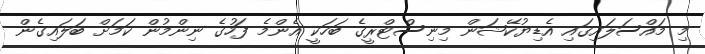
މި މައްސަލައިގައި އެޑިޔުކޭޝަން މިނިސްޓްރީގެ ބަހަކީ އެންމެ ފަހުގެ ނިންމުން ކަމަށް ބަލައިގެން